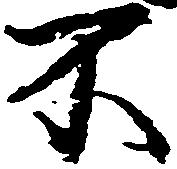
不